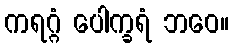
ကရဂ္ဂံ ပေါက္ခရံ ဘဝေ။